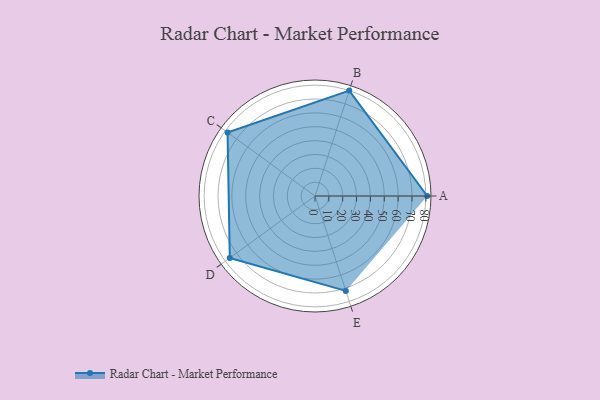
{"axis": {"x": "Skill", "y": "Score"}, "legend": ["Profile"], "data": [{"x": "A", "y": 81.0, "type": "Profile"}, {"x": "B", "y": 80.0, "type": "Profile"}, {"x": "C", "y": 78.0, "type": "Profile"}, {"x": "D", "y": 76.0, "type": "Profile"}, {"x": "E", "y": 72.0, "type": "Profile"}]}